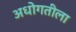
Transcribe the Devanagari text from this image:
अधोगतीला